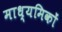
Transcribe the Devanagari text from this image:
माध्यमिकों